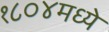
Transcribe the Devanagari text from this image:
१८०४मध्ये